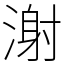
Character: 㴬